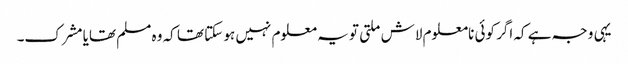
یہی وجہ ہے کہ اگر کوئی نامعلوم لاش ملتی تو یہ معلوم نہیں ہو سکتا تھا کہ وہ مسلم تھایا مشرک۔